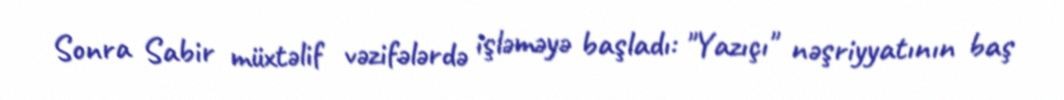
Sonra Sabir müxtəlif vəzifələrdə işləməyə başladı: "Yazıçı" nəşriyyatının baş